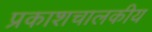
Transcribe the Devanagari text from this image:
प्रकाशचालकीय